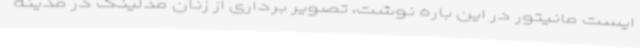
ایست مانیتور در این باره نوشت، تصویر برداری از زنان مدلینگ در مدینه